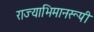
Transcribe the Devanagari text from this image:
राज्याभिमानरूपी